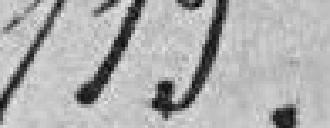
115